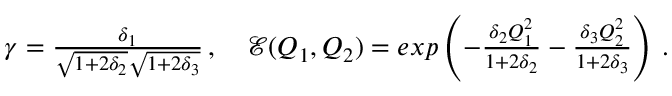
\begin{array} { r } { \gamma = \frac { \delta _ { 1 } } { \sqrt { 1 + 2 \delta _ { 2 } } \sqrt { 1 + 2 \delta _ { 3 } } } \, , \quad { \mathcal { E } } ( Q _ { 1 } , Q _ { 2 } ) = e x p \left( - \frac { \delta _ { 2 } Q _ { 1 } ^ { 2 } } { 1 + 2 \delta _ { 2 } } - \frac { \delta _ { 3 } Q _ { 2 } ^ { 2 } } { 1 + 2 \delta _ { 3 } } \right) \, . } \end{array}